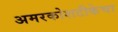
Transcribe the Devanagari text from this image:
अमरकोशटीकेचा